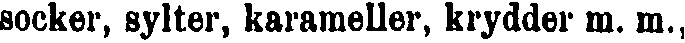
socker, sylter, karameller, krydder m. m.,